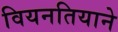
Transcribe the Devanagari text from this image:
वियनतियाने